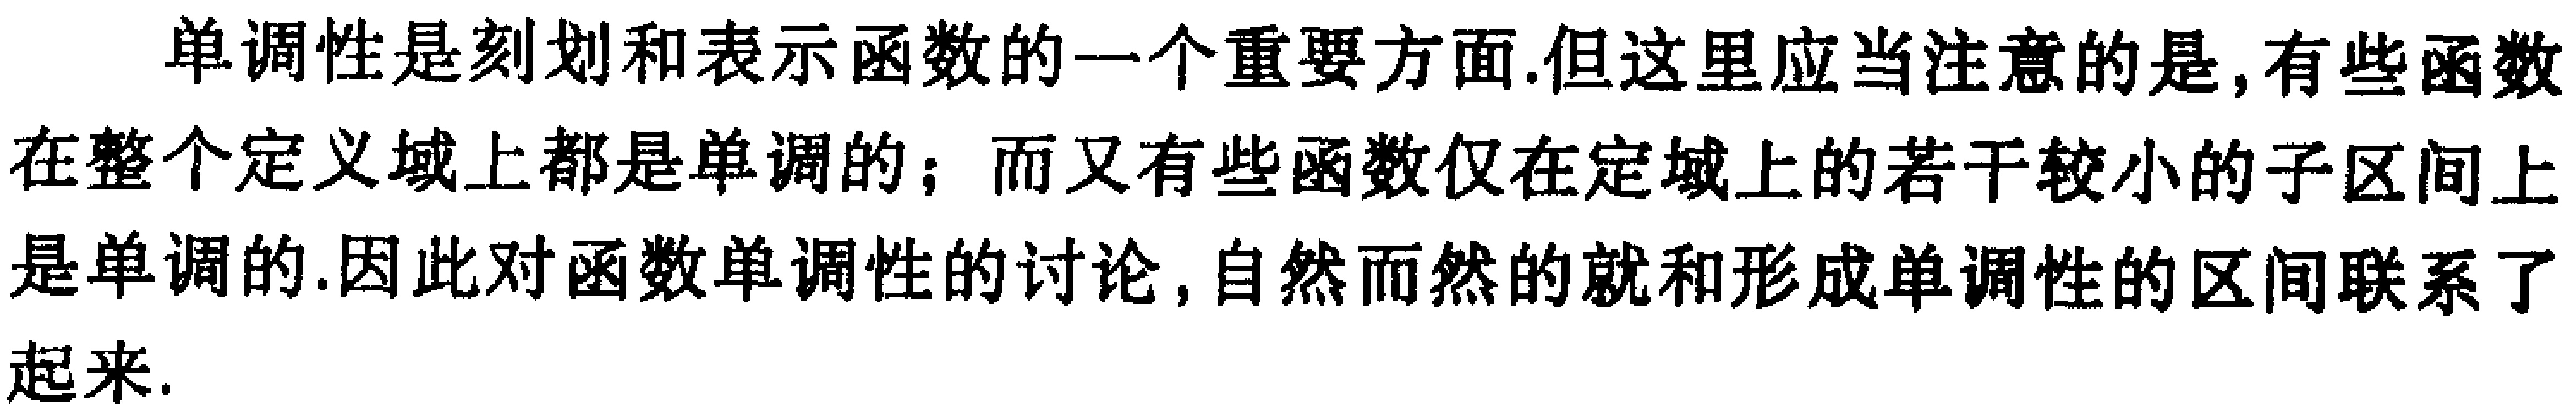
单调性是刻划和表示函数的一个重要方面.但这里应当注意的是,有些函数在整个定义域上都是单调的；而又有些函数仅在定域上的若干较小的子区间上是单调的.因此对函数单调性的讨论,自然而然的就和形成单调性的区间联系了起来.